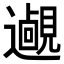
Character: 𨘵